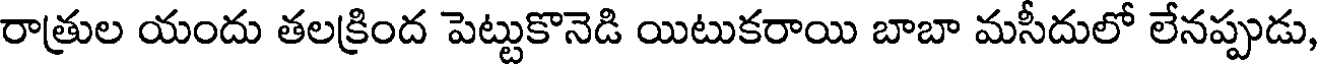
రాత్రుల యందు తలక్రింద పెట్టుకొనెడి యిటుకరాయి బాబా మసీదులో లేనప్పుడు,